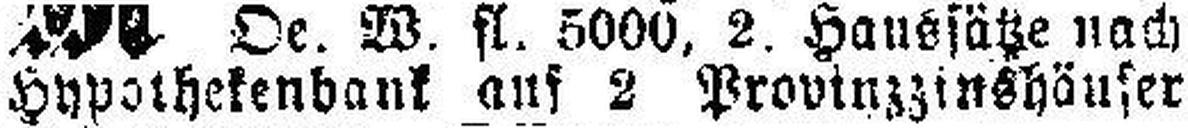
Hypothekenbank auf 2 Provinzzinshäuser